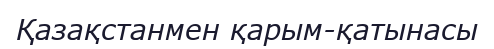
Қазақстанмен қарым-қатынасы